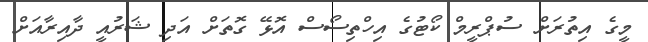
މީގެ އިތުރަށް ސުޕްރީމް ކޯޓުގެ އިހްތިސޯސް އޮޅޭ ގޮތަށް އަދި ޝަރުއީ ދާއިރާއަށް